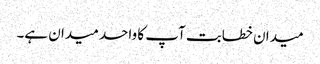
میدان خطابت آپ کا واحد میدان ہے۔